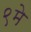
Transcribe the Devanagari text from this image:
९मे